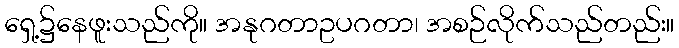
ရှေ့၌နေဖူးသည်ကို။ အနုဂတာဥပဂတာ၊ အစဉ်လိုက်သည်တည်း။